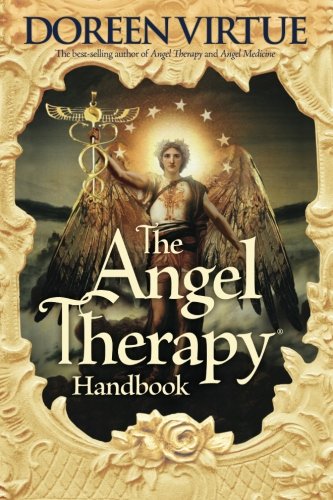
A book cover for The Angel Therapy Handbook; Doreen Virtue; Religion & Spirituality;